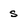
Character: s